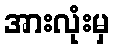
အားလုံးမှ